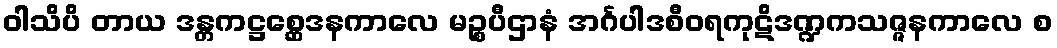
ဝါသိပိ တာယ ဒန္တကဋ္ဌစ္ဆေဒနကာလေ မဉ္စပီဌာနံ အင်္ဂပါဒစီဝရကုဋိဒဏ္ဍကသဇ္ဇနကာလေ စ